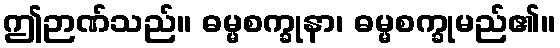
ဤဉာဏ်သည်။ ဓမ္မစက္ခုနာ၊ ဓမ္မစက္ခုမည်၏။